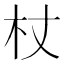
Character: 杖